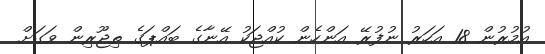
އުމުރުން 18 އަހަރު ނުފުރޭ އަންހެން ކުއްޖަކު އޭނާގެ ބައްޕަގެ ތިޖޫރިން ވަގަށް